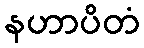
နဟာပိတံ